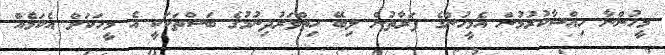
މީހުންނާ ހިއްސާކުރުމުން އެމީހުންގެ ފަރާތުން ލިބޭ ހިތްވަރުދިނުމުގެ ބަސްތަކަކީ އެ މީހަކަށް އެކަމެއް